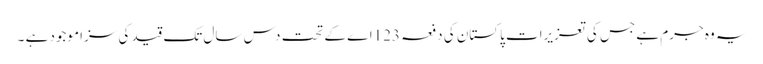
یہ وہ جرم ہے جس کی تعزیرات پاکستان کی دفعہ 123اے کے تحت دس سال تک قید کی سزا موجود ہے ۔